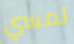
لمسي